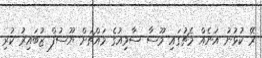
ރޭ ކުޅުނު އަނެއް މެޗުގައި މޫސާ ސާމިއުގެ މައްޗަށް ޔޫސުފް ޒުބައިރު ކުރި